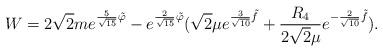
LaTeX: \begin{align*}W=2\sqrt{2}me^{{5\over\sqrt{15}}\tilde\varphi}-e^{{2\over\sqrt{15}}\tilde\varphi}(\sqrt{2}\mu e^{{3\over\sqrt{10}}\tilde f}+{R_4\over2\sqrt{2}\mu} e^{-{2\over\sqrt{10}}\tilde f}).\end{align*}